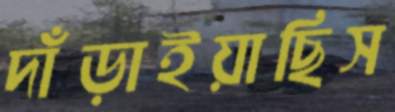
দাঁড়াইয়াছিস